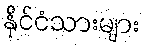
နိုင်ငံသားများ